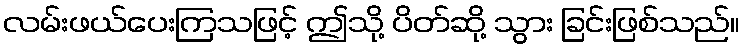
လမ်းဖယ်ပေးကြသဖြင့် ဤသို့ ပိတ်ဆို့ သွား ခြင်းဖြစ်သည်။